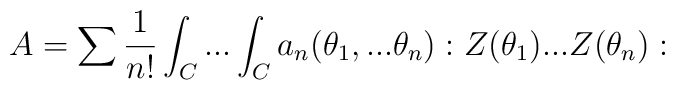
A=\sum \frac{1}{n!}\int_{C}...\int_{C}a_{n}(\theta _{1},...\theta_{n}):Z(\theta _{1})...Z(\theta _{n}):